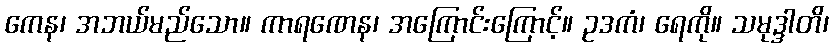
ကေန၊ အဘယ်မည်သော။ ကာရဏေန၊ အကြောင်းကြောင့်။ ဥဒကံ၊ ရေကို။ သမုဒ္ဒါတိ၊